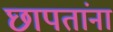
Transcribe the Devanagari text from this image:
छापतांना